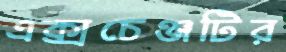
এক্সচেঞ্জটির